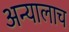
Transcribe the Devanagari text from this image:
अन्यालाच